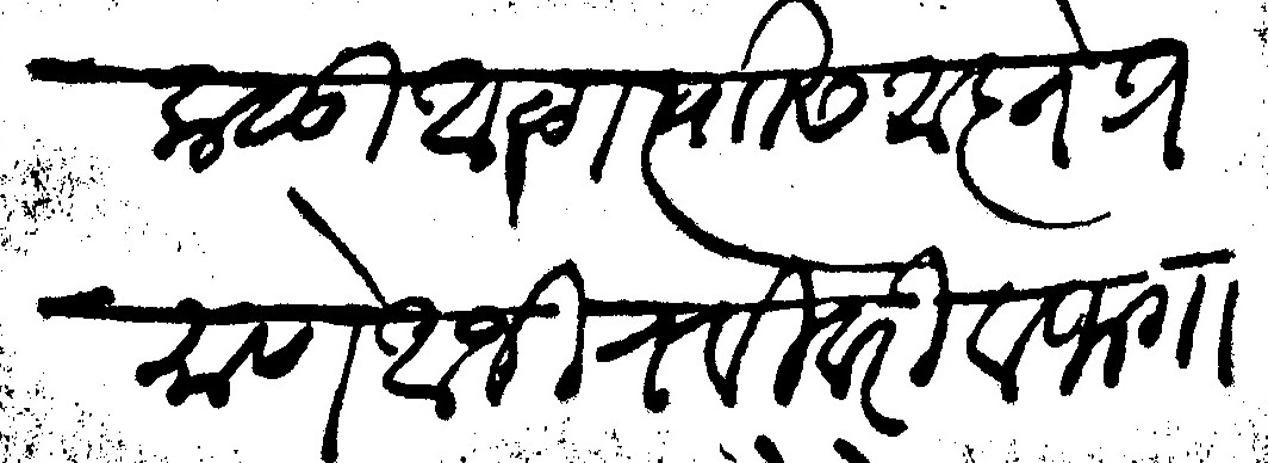
Transliteration (Devanagari): कळो आळा त्यासी आज्ञेप्रमाणे आजी रविवारी वाफगा